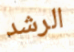
الرشد